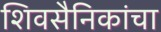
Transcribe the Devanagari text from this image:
शिवसैनिकांचा